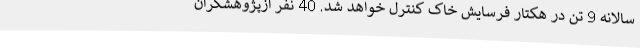
سالانه 9 تن در هکتار فرسایش خاک کنترل خواهد شد. 40 نفر ازپژوهشگران